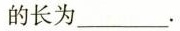
的长为___.